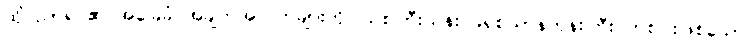
ထိုပညာရပ်၏ အခြေခံ အချက်အလက်များကို ဩစတြီးယန်း ခရစ်ယာန်ဘုန်းကြီး တစ်ပါးဖြစ်သော